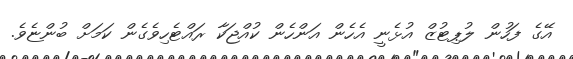
އޭގެ ފަހުން ލުޕިޓުޒް އުޅެނީ އެހެން އަންހެން ކުއްޖަކާ ރައްޓެހިވެގެން ކަމަށް ބުންޏެވެ.